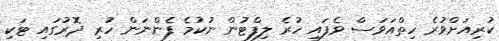
ކުރިއަށްވުރެ ހިތްއަވަސް ވެފައި ހުރެ ލިފްޓުން ނުކުމެ ފެންނަން ހުރި ދޮރުގައި ޓަކި